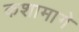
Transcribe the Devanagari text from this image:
कशामागे